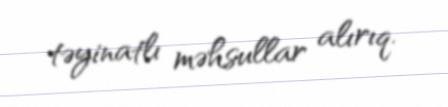
təyinatlı məhsullar alırıq.